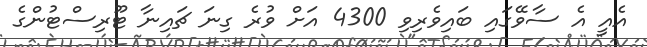
އެއީ އެ ސާވޭގައި ބައިވެރިވި 4300 އަށް ވުރެ ގިނަ ޗައިނާ ޓޫރިސްޓުންގެ